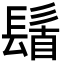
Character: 𮫆